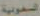
السعودية